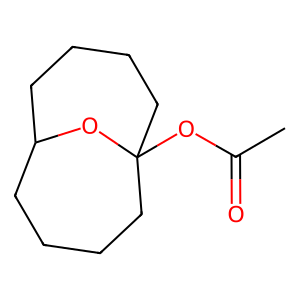
SMILES: CC(=O)OC12CCCCC(CCCC1)O2
Inhibits HIV replication: No